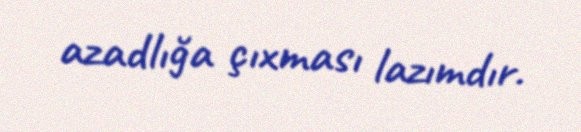
azadlığa çıxması lazımdır.